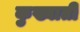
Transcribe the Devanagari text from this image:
कुख्याती